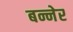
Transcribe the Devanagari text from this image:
बन्नेर